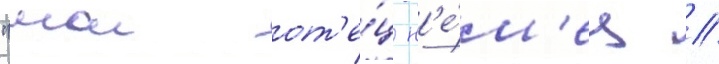
"мои от'е́ц н'е́м'ец //